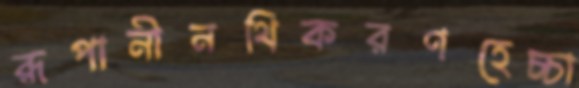
রূপানীনথিকরণহেচ্চা